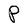
Character: P